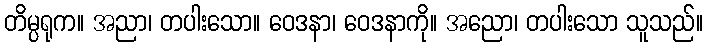
တိမ္ပရုက။ အညာ၊ တပါးသော။ ဝေဒနာ၊ ဝေဒနာကို။ အညော၊ တပါးသော သူသည်။